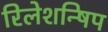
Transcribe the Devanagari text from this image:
रिलेशन्षिप